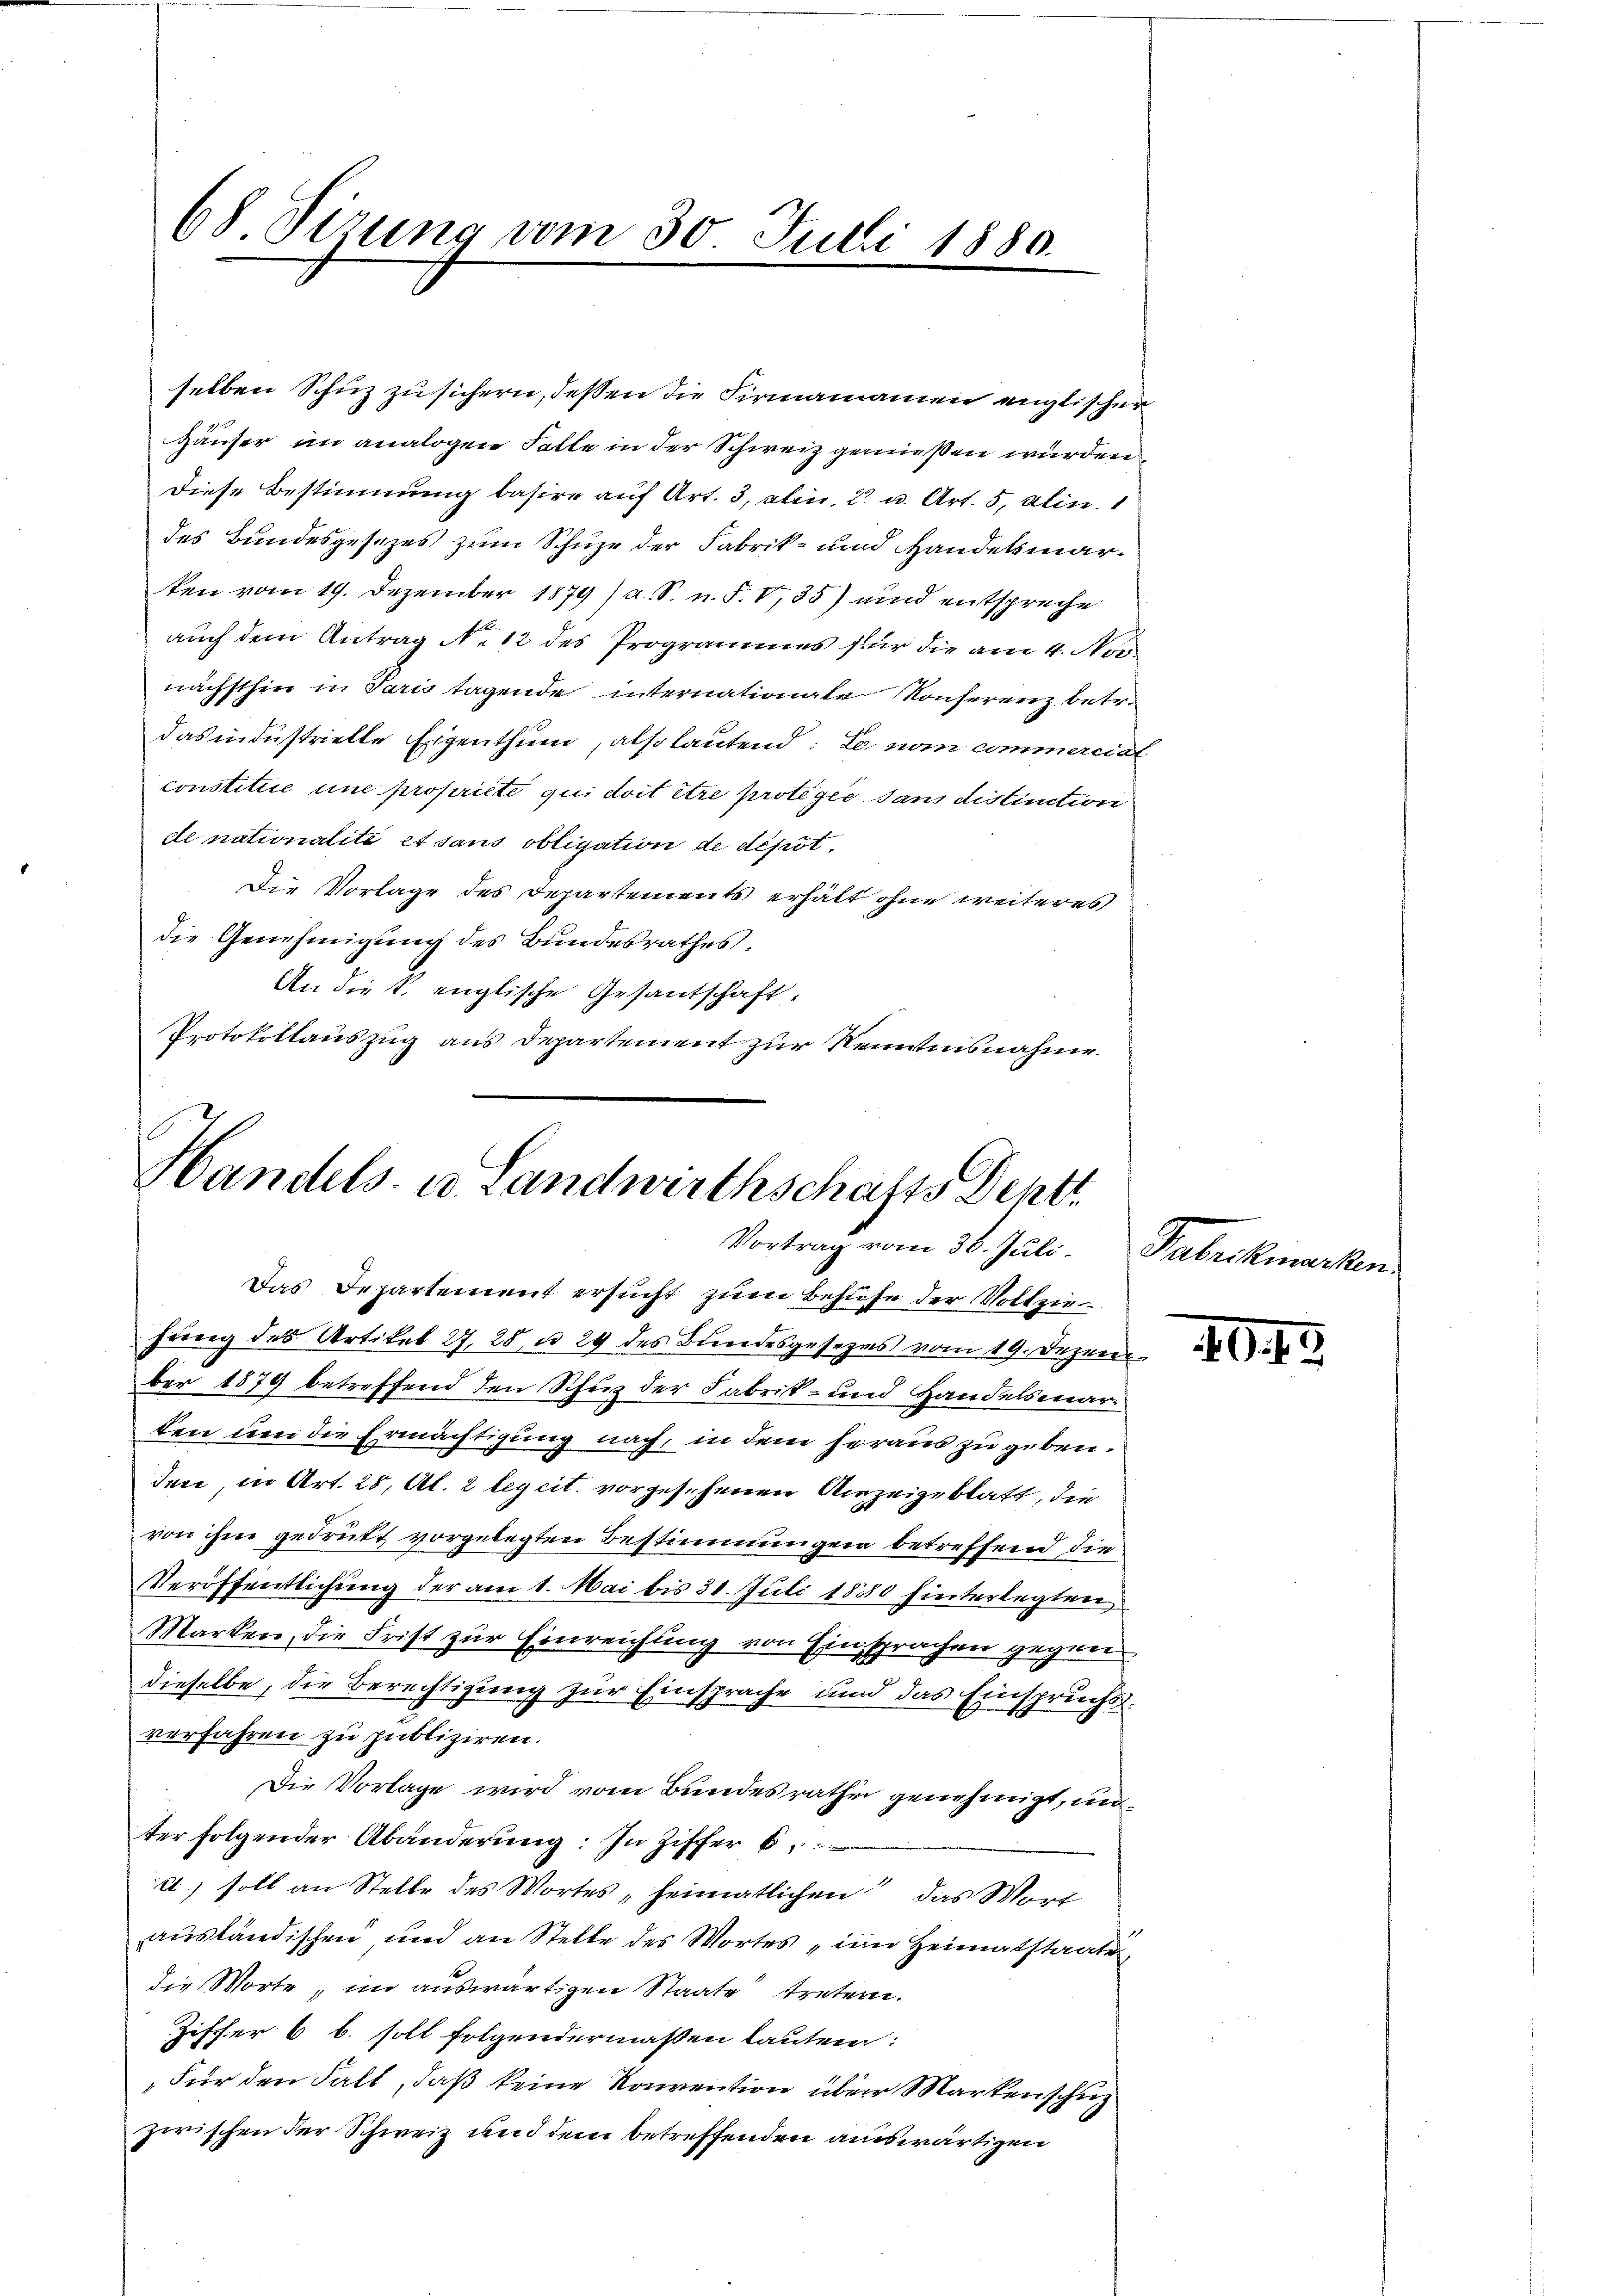
selben Schuz zu sichern, deßen die Firmannamen englischer
Häuser im analogen Falle in der Schweiz genießen würden
Diese Bestimmung basire auf Art. 3, alin 2 u. Art. 5, alin. 1
des Bundesgesezes zum Schuze der Fabrik- und Handelsmarken vom 19. Dezember 1879 (a. S. n. F. V,35) und entspreche
auch dem Antrag No 12 des Programmes für die am 4. Nonächsthin in Paris tagende internationale Konferenz betr.
das industrielle Eigenthum, also lautend: Le non commerciat
constitiie une propriete qui doit être protegić sans distinction
de nationalité et sans obligation de dépôt
Die Vorlage des Departements erhält ohne weiteres
die Genehmigung des Bundesrathes,
An die k. englische Gesantschaft,
Protokollauszug aus Departement zur Kenntnisnahme.

68 Sizung vom 30. Julii 1880.

Das Departement ersucht zum Behufe der Vollziehung des Artikel 27, 28 u. 29 des Bundesgesezes vom 19. Dezember 1879 betreffend den Schuz der Fabrik- und Handelsmarken um die Ermächtigung nach, in dem heraus zu geben.
den, in Art. 28, Al. 2 legcit. vorgesehenen Anzeigeblatt, die
von ihm gedrukt vorgelegten Bestimmungen betreffend die
Veröffentlichung der am 1. Mai bis 31. Juli 1880 hinterlegten
Marken, die Frist zur Einreichung von Einsprachen gegen
dieselbe, die Berechtigung zur Einsprache und das Einspruchsverfahren zu publiziren.
Die Vorlage wird vom Bundesrathen genehmigt, unter folgender Abänderung: In Ziffer b
e) soll an Stelle des Wortes „heimatlichen das Wort
ausländischen, und an Stelle des Wortes im Heimatstaats
die Worte, im auswärtigen Staate treten.
Ziffer 6 b. soll folgendermaßen lauten:
Für den Fall, daß keine Konvention über Markenschuz
zwischen der Schweiz und dem betreffenden auswärtigen

Handels- u. Landwirthschafts Dentt
Vortrag vom 30. Juli. Fabrikmarken.

40.